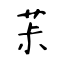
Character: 茮